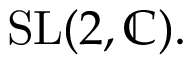
{ \mathrm { S L } } ( 2 , \mathbb { C } ) .